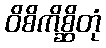
ဝိစိကိစ္ဆိတုံ